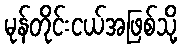
မုန်တိုင်းငယ်အဖြစ်သို့